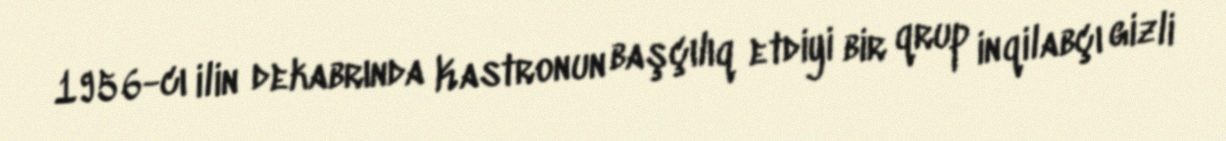
1956-cı ilin dekabrında Kastronun başçılıq etdiyi bir qrup inqilabçı gizli